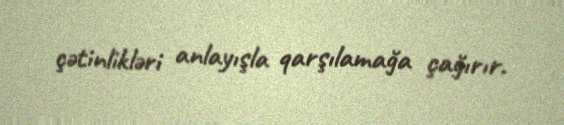
çətinlikləri anlayışla qarşılamağa çağırır.